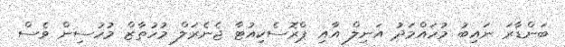
ބަންޑާރަ ނައިބު މުހައްމަދު އަނިލް އާއި ޕްރޮސެކިއުޓާ ޖެނެރަލް މުހުތާޒް މުހުސިން ވެސް